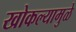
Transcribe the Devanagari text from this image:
खोकल्यामुळे